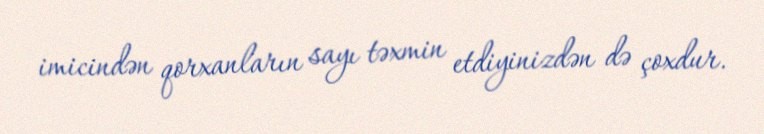
imicindən qorxanların sayı təxmin etdiyinizdən də çoxdur.